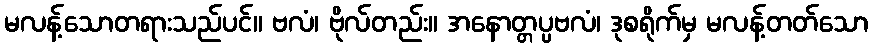
မလန့်သောတရားသည်ပင်။ ဗလံ၊ ဗိုလ်တည်း။ အနောတ္တပ္ပဗလံ၊ ဒုစရိုက်မှ မလန့်တတ်သော